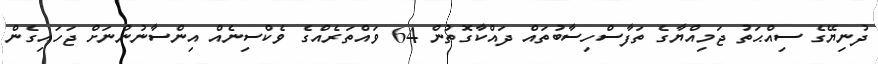
ދުނިޔޭގެ ސިއްޙަތު ޖަމިއްޔާގެ ތަފާސްހިސާބުތައް ދައްކާގޮތުން 64 ވައްތަރެއްގެ ވެކްސިނެއް އިންސާނުންނަށް ޖަހައިގެން